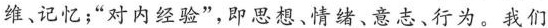
维、记忆；”对内经验”，即思想、情绪、意志、行为。我们